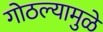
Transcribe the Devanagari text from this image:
गोठल्यामुळे